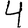
Digit: 4